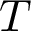
T